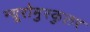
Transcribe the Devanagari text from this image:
न्यूरोमुस्कुलर